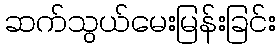
ဆက်သွယ်မေးမြန်းခြင်း